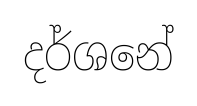
දර්ශනේ